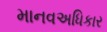
માનવઅધિકાર